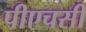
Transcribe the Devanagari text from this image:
पीएचसी